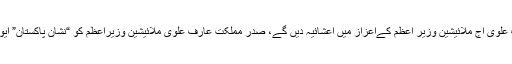
صدرمملکت عارف علوی آج ملائیشین وزیر اعظم کےاعزاز میں اعشائیہ دیں گے، صدر مملکت عارف علوی ملائیشین وزیراعظم کو “نشان پاکستان” ایوارڈ پیش کریں گے۔